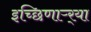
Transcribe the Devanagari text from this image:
इच्छिणाऱ्र्‍या